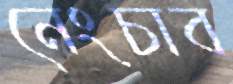
নেংচাব